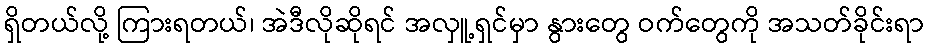
ရှိတယ်လို့ ကြားရတယ်၊ အဲဒီလိုဆိုရင် အလှူ့ရှင်မှာ နွားတွေ ဝက်တွေကို အသတ်ခိုင်းရာ